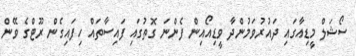
ސޯޝަލް މީޑިއާގައި ދައުރުވަމުންދާ ވީޑިއޯއިން ފެންނަ ގޮތުގައި ފައިސާތައް ހިފައިގެން ރޫޓްގެ ވޭން